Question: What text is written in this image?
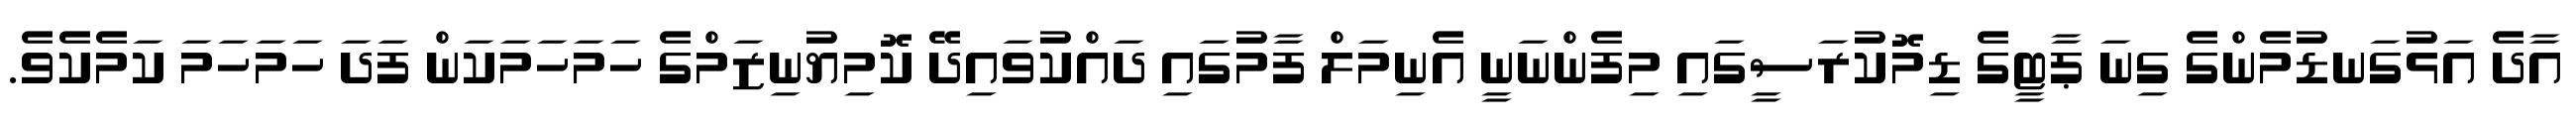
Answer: އާދެ އަޅުގަނޑުމެންގެ ގިނަ ޕާޓީގެ ޑިމޮކުރަސީގައި މިފެންނަނީ އެނިމަލް ފާމުގައި ދައްކުވައިދޭ ކޮމިޔުނިޒަމްގެ ހަމަހަމަކަން ފަދަ ހަމަހަމަ ކަމެކެވެ.